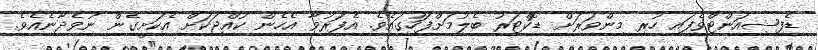
ޑެފިޝިއަންޓްވެފައި ހުރި މިންވަރަށް ޑޮކްޓަރު ބެލުމަށްފަހުގައެވެ. އެފަރުވާ އެހެން ކުއްޖަކަށް އެކަށީގެން ނުވެދާނެއެވެ.